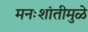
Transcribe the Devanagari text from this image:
मनःशांतीमुळे